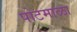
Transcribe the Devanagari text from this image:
पोटमाळा